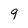
Character: 9